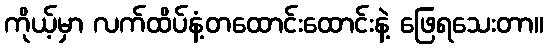
ကိုယ့်မှာ လက်ထိပ်နံ့တထောင်းထောင်းနဲ့ ဖြေရသေးတာ။